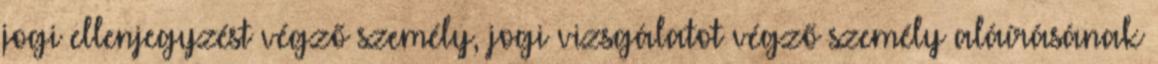
jogi ellenjegyzést végző személy, jogi vizsgálatot végző személy aláírásának